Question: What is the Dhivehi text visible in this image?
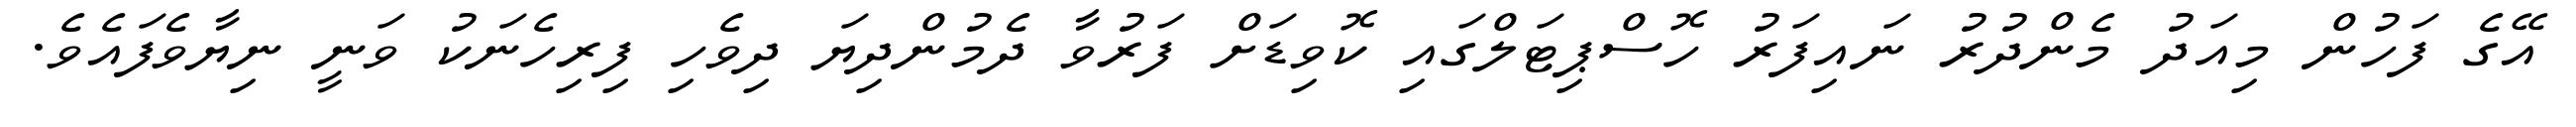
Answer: އޭގެ ފަހުން މިއަދު މެންދުރު ނައިފަރު ހޮސްޕިޓަލްގައި ކޮވިޑަށް ފަރުވާ ދެމުންދިޔަ ދިވެހި ފިރިހެނަކު ވަނީ ނިޔާވެފައެވެ.